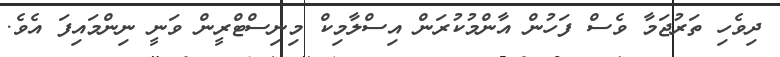
ދިވެހި ތަރުޖަމާ ވެސް ފަހުން އާންމުކުރަން އިސްލާމިކް މިނިސްޓްރީން ވަނީ ނިންމައިފަ އެވެ.